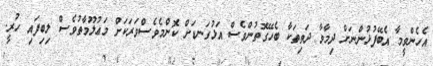
އެހެންވީމާ އެބޭފުޅުންނަށް ދިމާވާ ދަތިތަކާ ބެހޭގޮތުންވެސް އަޅުގަނޑަށް ކޮންމެވެސްވަރަކަށް މަޢުލޫމާތުވެސް ލިބިފައި ހުރީ.